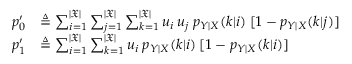
\begin{array} { r l } { p _ { 0 } ^ { \prime } } & { \triangleq \sum _ { i = 1 } ^ { | \mathfrak { X } | } \sum _ { j = 1 } ^ { | \mathfrak { X } | } \sum _ { k = 1 } ^ { | \mathfrak { X } | } u _ { i } \: u _ { j } \: p _ { Y | X } ( k | i ) \: [ 1 - p _ { Y | X } ( k | j ) ] } \\ { p _ { 1 } ^ { \prime } } & { \triangleq \sum _ { i = 1 } ^ { | \mathfrak { X } | } \sum _ { k = 1 } ^ { | \mathfrak { X } | } u _ { i } \: p _ { Y | X } ( k | i ) \: [ 1 - p _ { Y | X } ( k | i ) ] } \end{array}